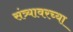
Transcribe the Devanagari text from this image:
संत्र्यावरच्या